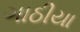
ગાઠીયા